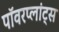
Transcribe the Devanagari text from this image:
पॉवरप्लांट्स